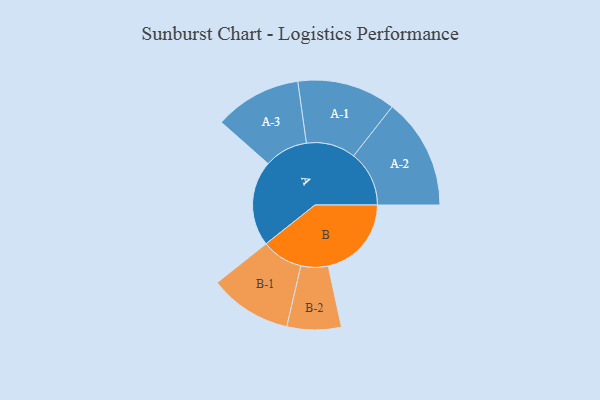
{"axis": {"x": "Segment", "y": "Value"}, "legend": ["", "A", "B"], "data": [{"x": "A", "y": 454, "type": ""}, {"x": "B", "y": 442, "type": ""}, {"x": "A-1", "y": 262, "type": "A"}, {"x": "A-2", "y": 295, "type": "A"}, {"x": "A-3", "y": 231, "type": "A"}, {"x": "B-1", "y": 219, "type": "B"}, {"x": "B-2", "y": 144, "type": "B"}]}